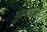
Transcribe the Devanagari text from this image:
भूषितम्।